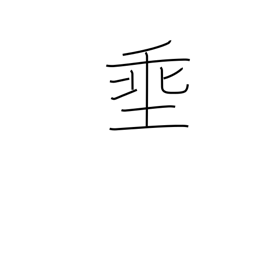
Meaning: let down